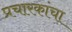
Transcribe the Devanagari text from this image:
प्रचारकांचा